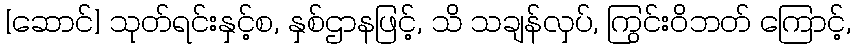
[ဆောင်] သုတ်ရင်းနှင့်စ, နှစ်ဌာနဖြင့်, သိ သချန်လှပ်, ကြွင်းဝိဘတ် ကြောင့်,